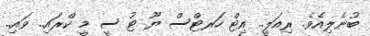
ބުނެލިއެވެ. ރިއަލީ.. އިޓް ހަރޓްސް ޔޫ ޓު ސީ މީ ކްރައި.. ވައި..